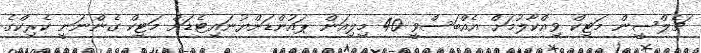
ޗެލްސީން މަޓިކް ވިއްކާލުމަށް އެއްބަސްވީ 40 މިލިއަން ޕައުންޑަށްޔުނައިޓެޑަށް މަޓިކް ގެންނަނީ ކެރިކްގެ